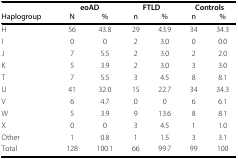
<table><thead><tr><td></td><td colspan="2"><b>eoAD</b></td><td colspan="2"><b>FTLD</b></td><td colspan="2"><b>Controls</b></td></tr><tr><td><b>Haplogroup</b></td><td><b>N</b></td><td><b>%</b></td><td><b>n</b></td><td><b>%</b></td><td><b>n</b></td><td><b>%</b></td></tr></thead><tbody><tr><td>H</td><td>56</td><td>43.8</td><td>29</td><td>43.9</td><td>34</td><td>34.3</td></tr><tr><td>I</td><td>0</td><td>0</td><td>2</td><td>3.0</td><td>0</td><td>0.0</td></tr><tr><td>J</td><td>7</td><td>5.5</td><td>2</td><td>3.0</td><td>2</td><td>2.0</td></tr><tr><td>K</td><td>5</td><td>3.9</td><td>2</td><td>3.0</td><td>3</td><td>3.0</td></tr><tr><td>T</td><td>7</td><td>5.5</td><td>3</td><td>4.5</td><td>8</td><td>8.1</td></tr><tr><td>U</td><td>41</td><td>32.0</td><td>15</td><td>22.7</td><td>34</td><td>34.3</td></tr><tr><td>V</td><td>6</td><td>4.7</td><td>0</td><td>0</td><td>6</td><td>6.1</td></tr><tr><td>W</td><td>5</td><td>3.9</td><td>9</td><td>13.6</td><td>8</td><td>8.1</td></tr><tr><td>X</td><td>0</td><td>0</td><td>3</td><td>4.5</td><td>1</td><td>1.0</td></tr><tr><td>Other</td><td>1</td><td>0.8</td><td>1</td><td>1.5</td><td>3</td><td>3.1</td></tr><tr><td>Total</td><td>128</td><td>100.1</td><td>66</td><td>99.7</td><td>99</td><td>100</td></tr></tbody></table>